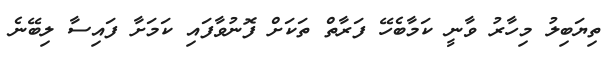
ތިޔަބިލު މިހާރު ވާނީ ކަމާބެހޭ ފަރާތް ތަކަށް ފޮނުވާފައި ކަމަށާ ފައިސާ ލިބޭނެ